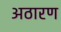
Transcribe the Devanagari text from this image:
अठारण